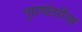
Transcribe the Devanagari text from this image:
पुराणांतरींचा